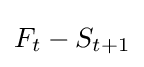
F_{t}-S_{t+1}